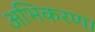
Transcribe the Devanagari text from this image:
अभिकरण।